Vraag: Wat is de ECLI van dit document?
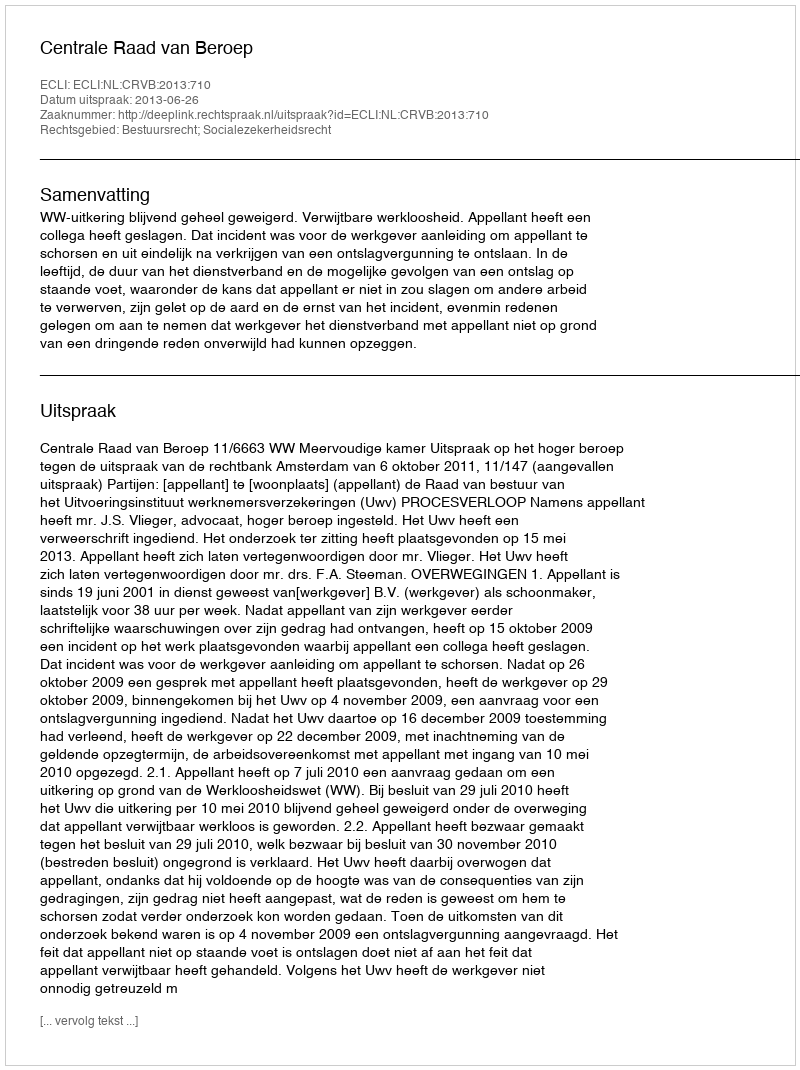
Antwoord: ECLI:NL:CRVB:2013:710